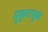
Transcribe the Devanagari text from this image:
मुकुटामुळे